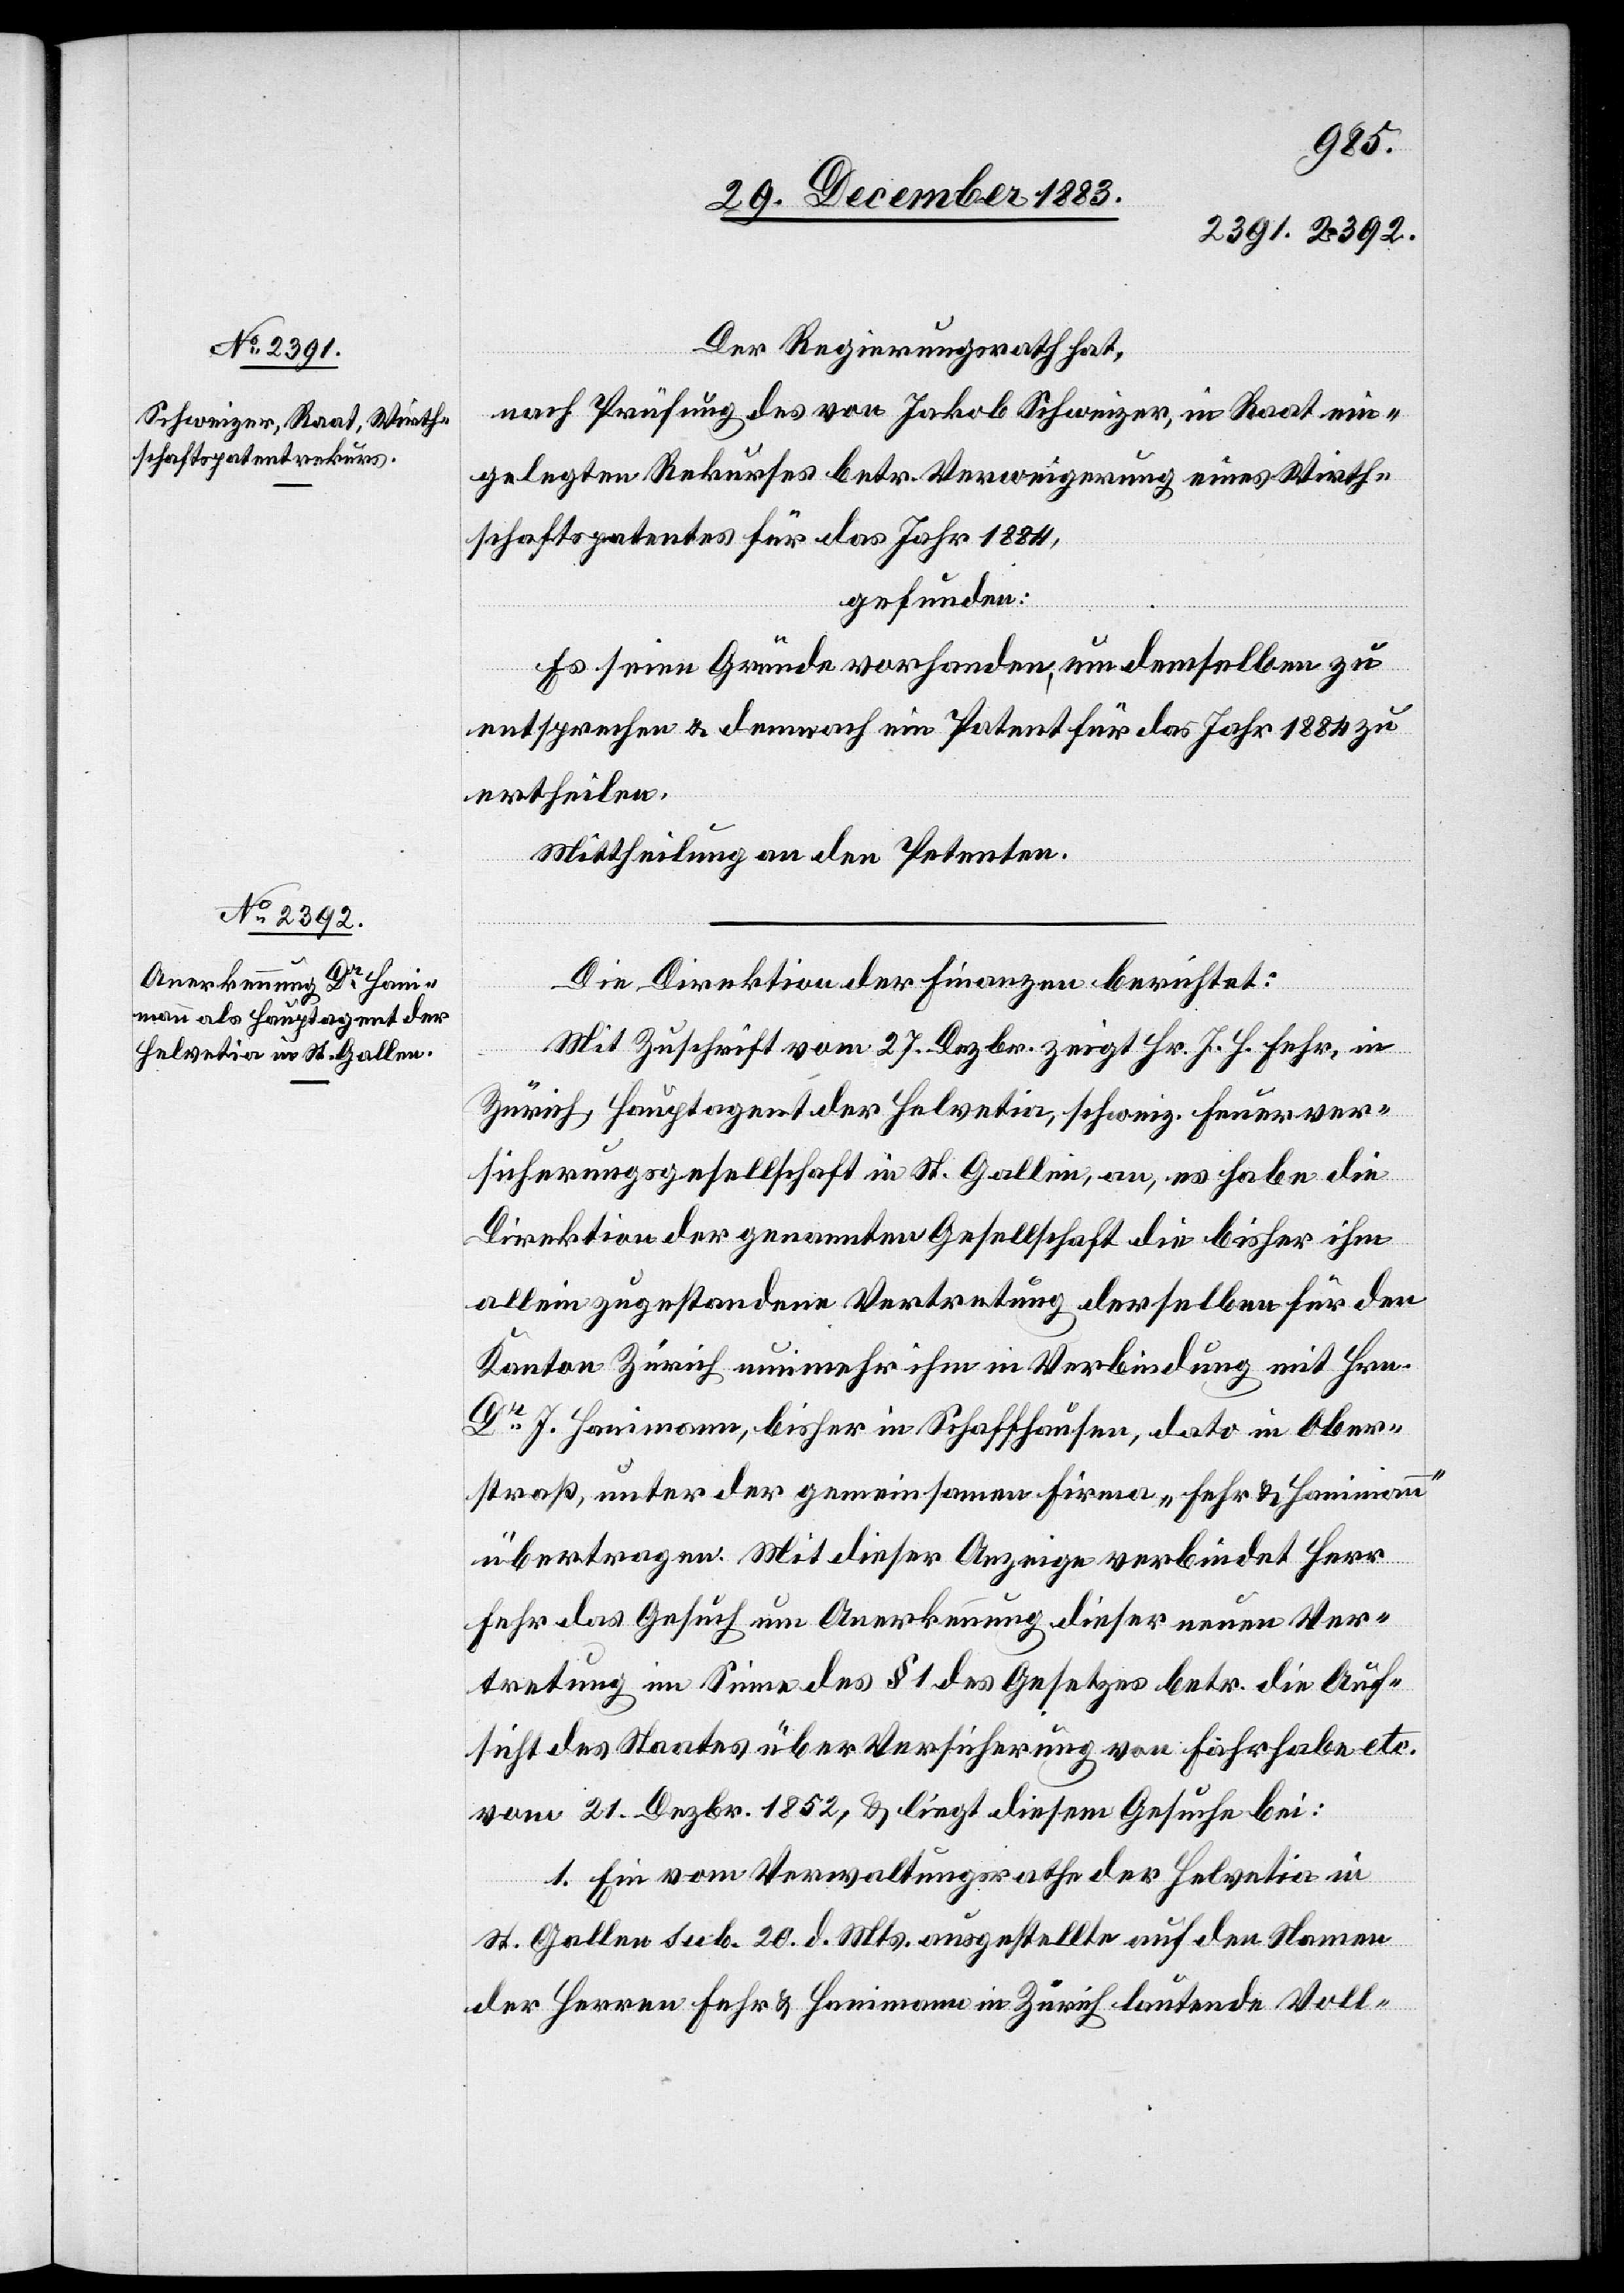
Der Regierungsrath hat,
nach Prüfung des von Jakob Schweizer, in Raat ein¬
gelegten Rekurses betr. Verweigerung eines Wirth¬
schaftspatentes für das Jahr 1884,
gefunden:
Es seien Gründe vorhanden, um demselben zu
entsprechen & demnach ein Patent für das Jahr 1884 zu
ertheilen.
Mittheilung an den Petenten.
Die Direktion der Finanzen berichtet:
Mit Zuschrift vom 27. Dezbr. zeigt Hr. J. H. Fehr in
Zürich, Hauptagent der Helvetia, schweiz. Feuerver¬
sicherungsgesellschaft in St.Gallen, an, es habe die
Direktion der genannten Gesellschaft die bisher ihm
allein zugestandene Vertretung derselben für den
Kanton Zürich nunmehr ihm in Verbindung mit Hrn.
Dr J. Hanimann, bisher in Schaffhausen, dato in Ober¬
straß, unter der gemeinsamen Firma „Fehr & Hanimann“
übertragen. Mit dieser Anzeige verbindet Herr
Fehr das Gesuch um Anerkennung dieser neuen Ver¬
tretung im Sinne des § 1 des Gesetzes betr. die Auf¬
sicht des Staates über Versicherung von Fahrhabe etc.
vom 21. Dezbr. 1852, & liegt diesem Gesuche bei:
1. Ein vom Verwaltungsrathe der Helvetia in
St. Gallen sub. 20. d. Mts. ausgestellte auf den Namen
der Herren Fehr & Hanimann in Zürich lautende Voll-